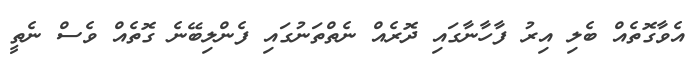
އެވާގޮތެއް ބެލި އިރު ފާހާނާގައި ދޮރެއް ނެތްތަނުގައި ފެންލިބޭނެ ގޮތެއް ވެސް ނެތީ